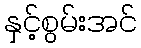
နှင့်စွမ်းအင်